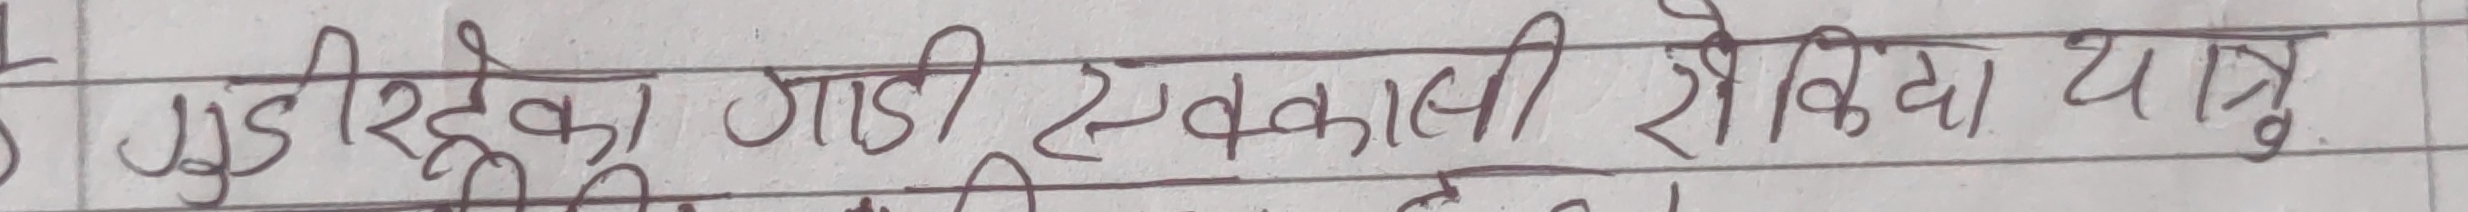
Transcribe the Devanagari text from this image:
गुडीरहेका गाडी एककाली रोकिंदा थाहा